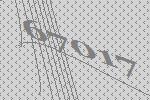
67017